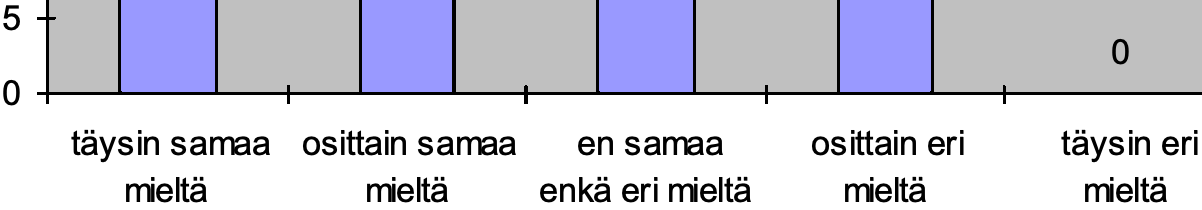
5 0 0 täysin samaa osittain samaa en samaa osittain eri täysin eri mieltä  mieltä enkä eri mieltä mieltä mieltä